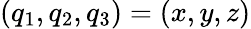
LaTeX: (q_{1},q_{2},q_{3})=(x,y,z)